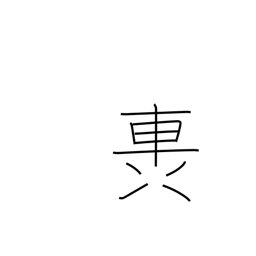
Meaning: rumble